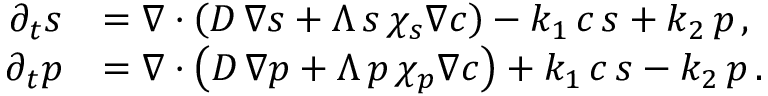
\begin{array} { r l } { \partial _ { t } s } & { = \boldsymbol \nabla \cdot \left( D \, \boldsymbol \nabla s + \Lambda \, s \, \chi _ { s } \boldsymbol \nabla c \right) - k _ { 1 } \, c \, s + k _ { 2 } \, p \, , } \\ { \partial _ { t } p } & { = \boldsymbol \nabla \cdot \left( D \, \boldsymbol \nabla p + \Lambda \, p \, \chi _ { p } \boldsymbol \nabla c \right) + k _ { 1 } \, c \, s - k _ { 2 } \, p \, . } \end{array}